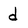
Character: d